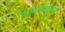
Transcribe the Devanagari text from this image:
शांतताकालीन